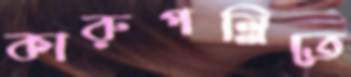
কারুপল্লিতে